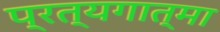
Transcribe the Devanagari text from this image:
प्रत्यगात्मा